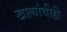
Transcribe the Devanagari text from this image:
खात्यांचीही